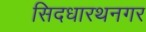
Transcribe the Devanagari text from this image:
सिदधारथनगर